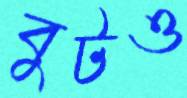
বুটও